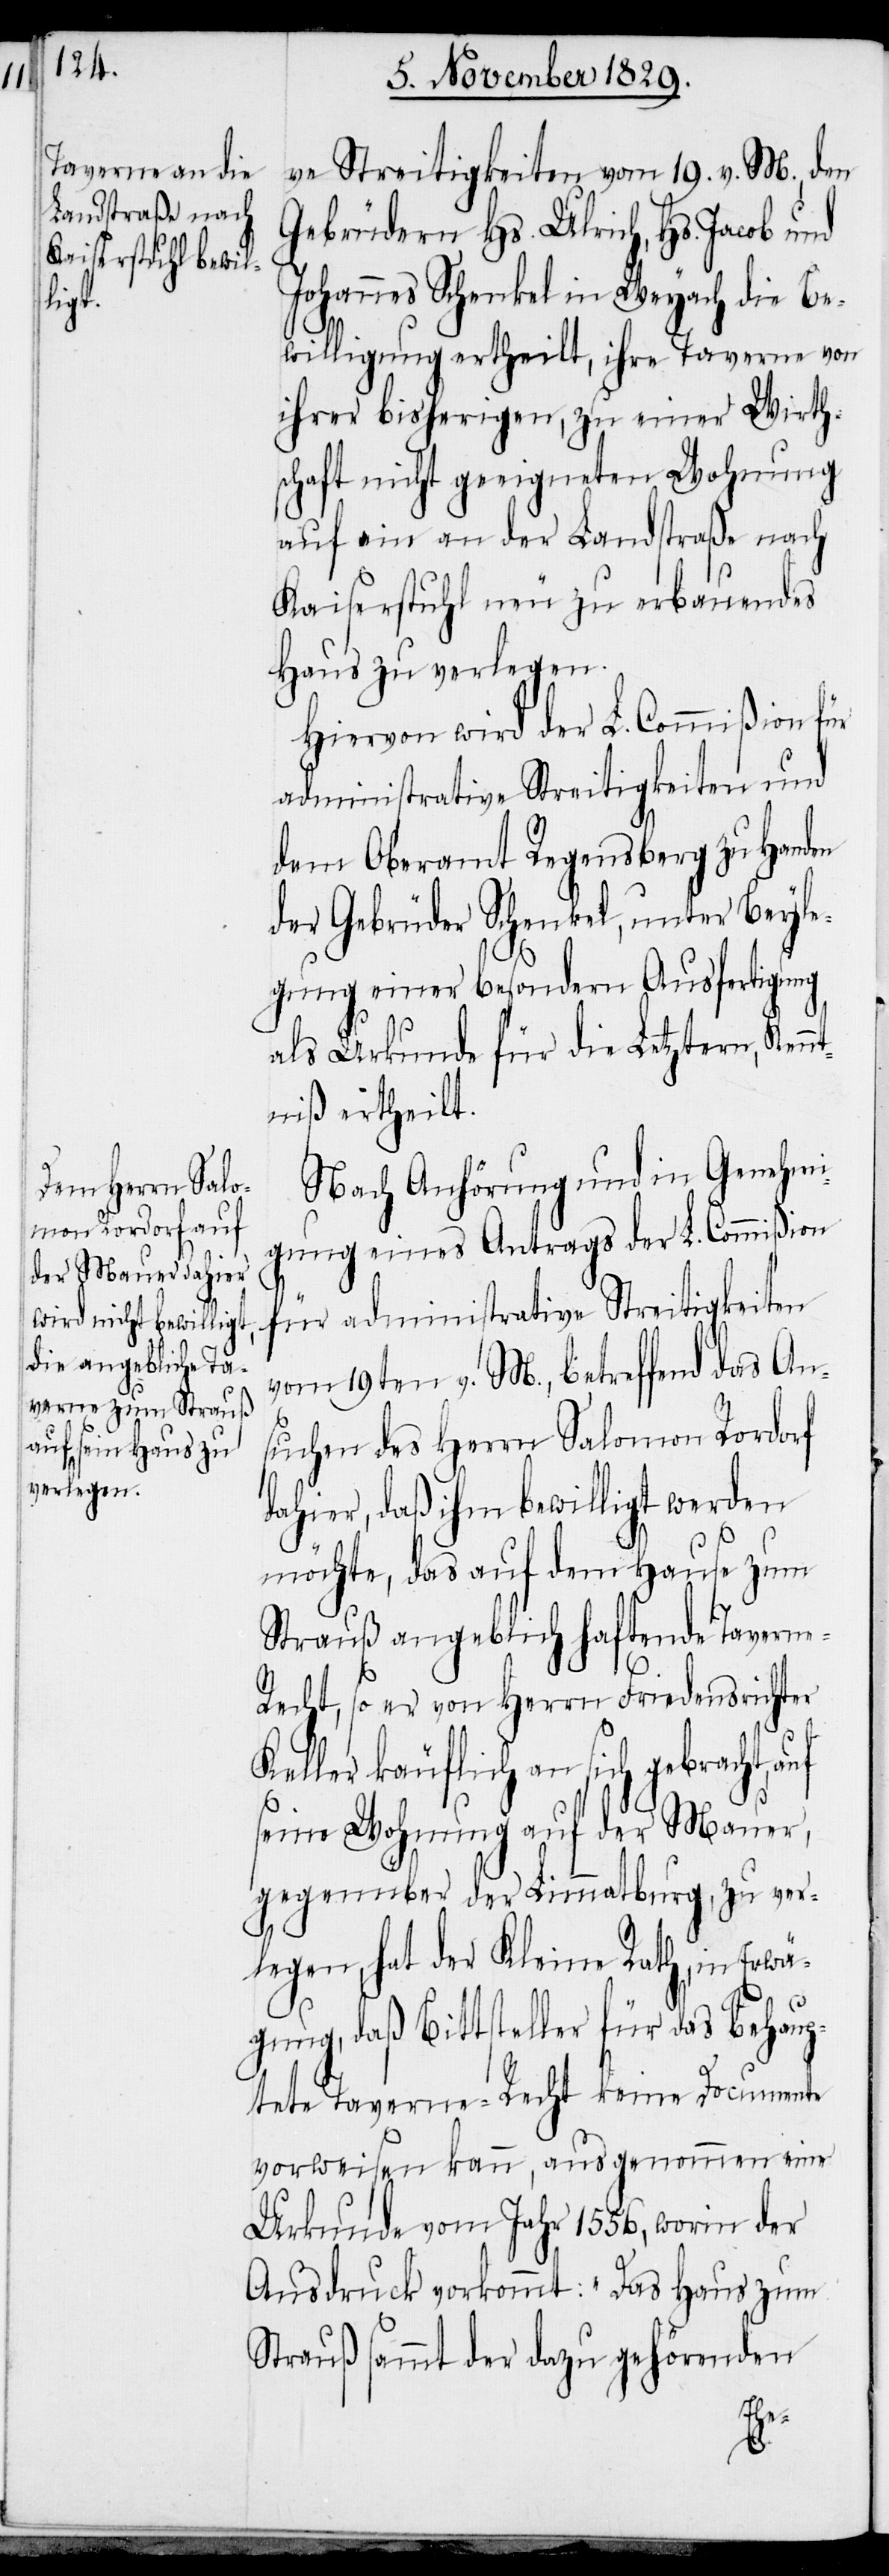
ve Streitigkeiten vom 19. v. M., den
Gebrüdern Hs. Ulrich, Hs. Jacob und
Johannes Schenkel in Weyach die Be¬
willigung ertheilt, ihre Taverne von
ihrer bisherigen, zu einer Wirth¬
schaft nicht geeigneten Wohnung
auf ein an der Landstraße nach
Kaiserstuhl neu zu erbauendes
Haus zu verlegen.
Hiervon wird der L. Commißion für
administrative Streitigkeiten und
dem Oberamt Regensberg zu Handen
der Gebrüder Schenkel, unter Beyle¬
gung einer besondern Ausfertigung
als Urkunde für die Letztern, Ken¬
ntniß ertheilt.
Nach Anhörung und in Genehmi¬
gung eines Antrags der L. Commißion
für administrative Streitigkeiten
vom 19ten v. M., betreffend das An¬
suchen des Herrn Salomon Rordorf
dahier, daß ihm bewilligt werden
möchte, das auf dem Hause zum
Strauß angeblich haftende Taverne-R¬
echt, so er von Herrn Friedensrichter
Keller käuflich an sich gebracht, auf
seine Wohnung auf der Mauer,
gegenüber der Limmatburg, zu ver¬
legen, hat der Kleine Rath, in Erwä¬
gung, daß Bittsteller für das Behaup¬
tete Taverne-Recht keine Documente
vorweisen kann, ausgenommen einer
Urkunde vom Jahr 1556, worin der
Ausdruck vorkommt: „Das Haus zum
Strauß sammt der dazu gehörenden